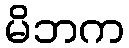
မိဘက